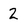
Character: 2